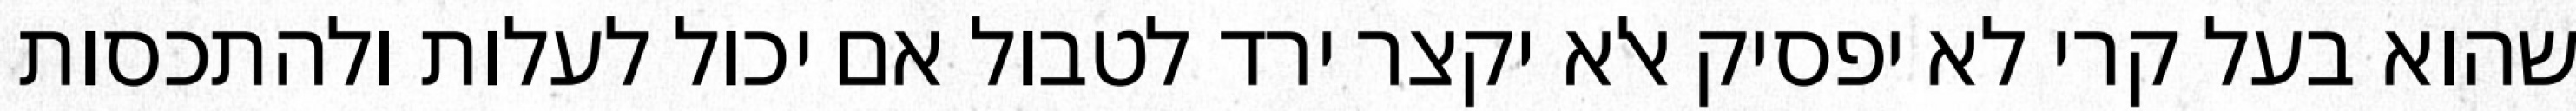
שהוא בעל קרי לא יפסיק אלא יקצר ירד לטבול אם יכול לעלות ולהתכסות